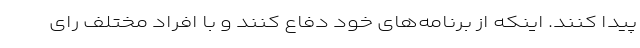
پیدا کنند. اینکه از برنامه‌های خود دفاع کنند و با افراد مختلف رای